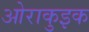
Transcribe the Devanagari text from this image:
ओराकुइक